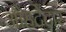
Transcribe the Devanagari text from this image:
औहदेदार